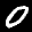
Label: 0